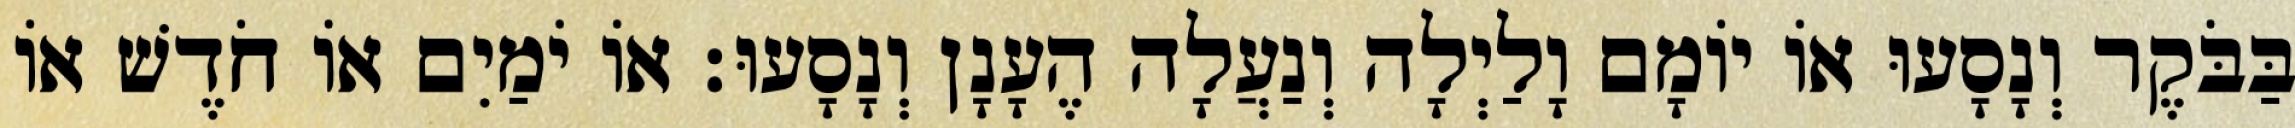
בַּבֹּקֶר וְנָסָעוּ אוֹ יוֹמָם וָלַיְלָה וְנַעֲלָה הֶעָנָן וְנָסָעוּ׃ אוֹ יֹמַיִם אוֹ חֹדֶשׁ אוֹ